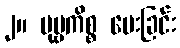
၂။ ပုဗ္ဗကိစ္စ မေးခြင်း